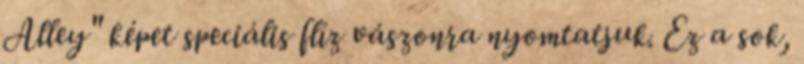
Alley" képet speciális flíz vászonra nyomtatjuk. Ez a sok,